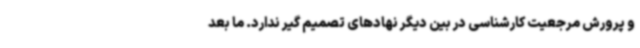
و پرورش مرجعیت کارشناسی در بین دیگر نهادهای تصمیم گیر ندارد. ما بعد